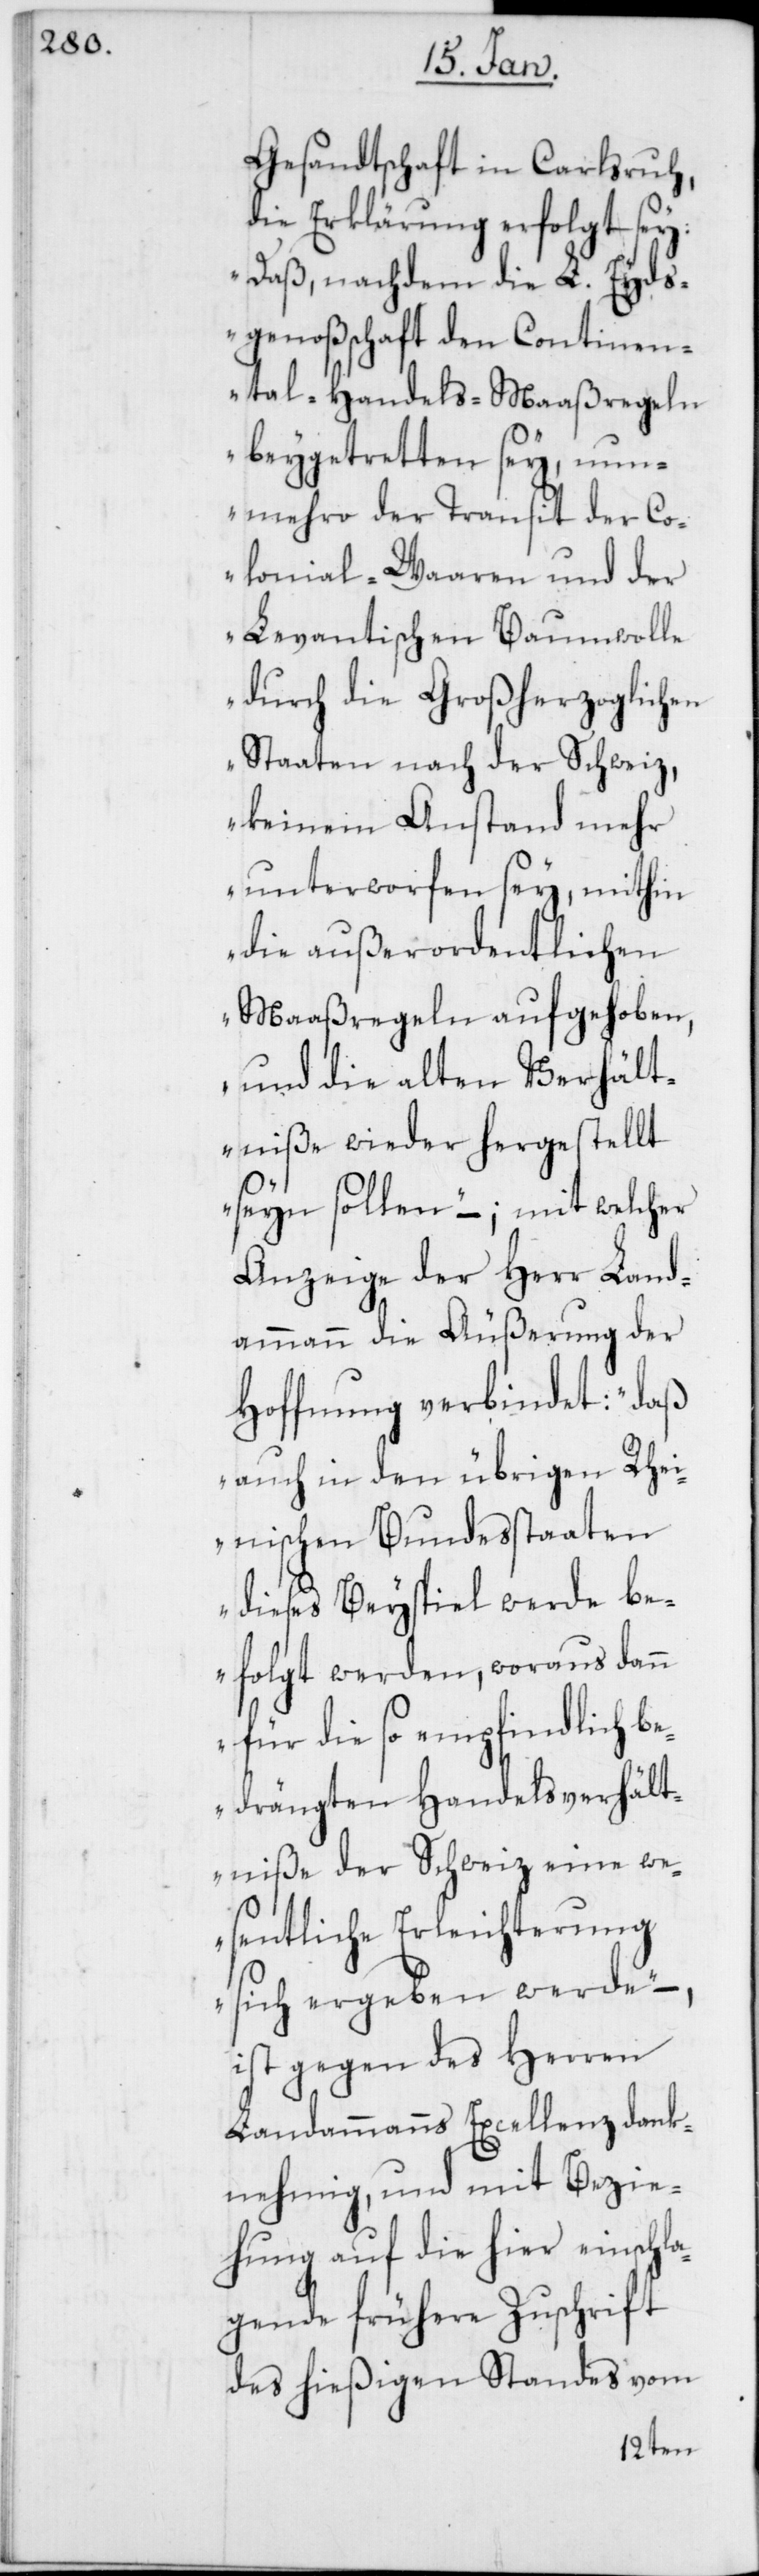
Gesandtschaft in Carlsruh,
die Erklärung erfolgt sey:
„Daß, nachdem die L. Eyds¬
genoßschaft den Continen¬
tal-Handels-Maaßregeln
beygetreten sey, nun¬
mehro der Transit der Co¬
lonial-Waaren und der
Levantischen Baumwolle
durch die Großherzoglichen
Staaten nach der Schweiz,
keinem Anstand mehr
unterworfen sey, mithin
die außerordentlichen
Maaßregeln aufgehoben,
und die alten Verhält¬
niße wieder hergestellt
seyn sollen“ –; mit welcher
Anzeige der Herr Land¬
ammann die Äußerung der
Hoffnung verbindet: „daß
auch in den übrigen Rhei¬
nischen Bundesstaaten
dieses Beyspiel werde be¬
folgt werden, woraus dann
für die so empfindlich be¬
drängten Handelsverhält¬
niße der Schweiz eine we¬
sentliche Erleichterung
sich ergeben werde“,
ist gegen des Herren
Landammanns Excellenz dank¬
nehmig, und mit Bezie¬
hung auf die hier einschla¬
gende frühere Zuschrift
des hießigen Standes vom